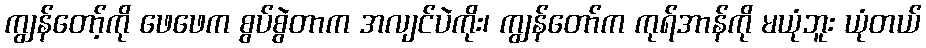
ကျွန်တော့်ကို ဖေဖေက စွပ်စွဲတာက အလျင်ပဲကိုး၊ ကျွန်တော်က ကုရ်အာန်ကို မယုံဘူး ယုံတယ်